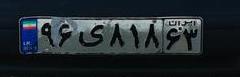
۹۶ی۸۱۸۶۳